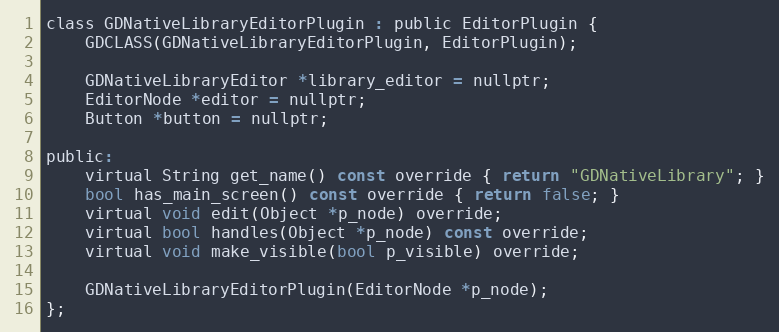
Language: C
class GDNativeLibraryEditorPlugin : public EditorPlugin {
	GDCLASS(GDNativeLibraryEditorPlugin, EditorPlugin);

	GDNativeLibraryEditor *library_editor = nullptr;
	EditorNode *editor = nullptr;
	Button *button = nullptr;

public:
	virtual String get_name() const override { return "GDNativeLibrary"; }
	bool has_main_screen() const override { return false; }
	virtual void edit(Object *p_node) override;
	virtual bool handles(Object *p_node) const override;
	virtual void make_visible(bool p_visible) override;

	GDNativeLibraryEditorPlugin(EditorNode *p_node);
};